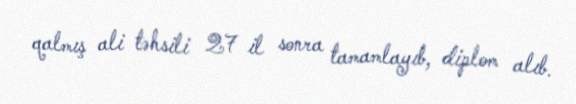
qalmış ali təhsili 27 il sonra tamamlayıb, diplom alıb.